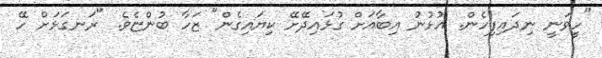
"ހީވަނީ ނިދައިފިހެން. އުޅުނު އިބާއަށް ގުޅައިދޭށޭ ކިޔައިގެން" ޒަހާ ބުންޏެވެ. "ރަނގަޅަށް ހޭ